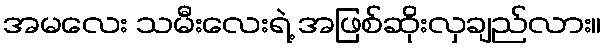
အမလေး သမီးလေးရဲ့ အဖြစ်ဆိုးလှချည်လား။